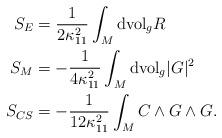
LaTeX: \begin{align*}S_E&=\frac{1}{2\kappa_{11}^2}\int_M \mathrm{dvol}_g R\\S_M&=-\frac{1}{4\kappa_{11}^2}\int_M \mathrm{dvol}_g |G|^2\\S_{CS}&=-\frac{1}{12\kappa_{11}^2}\int_M C\wedge G\wedge G.\end{align*}